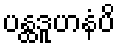
ပန္ထဒူဟနံပိ